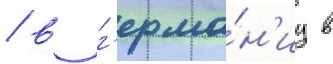
/ в г'ерма́н'иу в